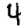
Digit: 4